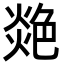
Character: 𦫟